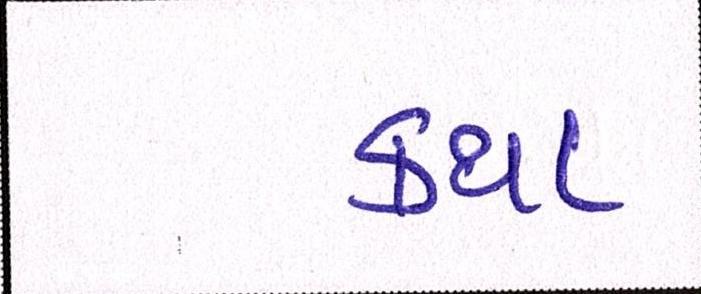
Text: કથા